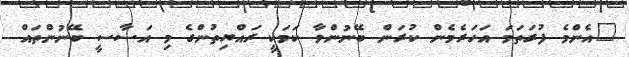
"އެންމެ ފުރަތަމަ އަހަރެމެން ކުރަން ބޭނުންވާ ކަމަކީ ރައްޔިތުންގެ މި އަސާސީ ބޭނުންތައް